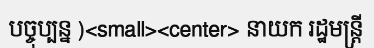
បច្ចុប្បន្ន )<small><center> នាយក រដ្ឋមន្ត្រី